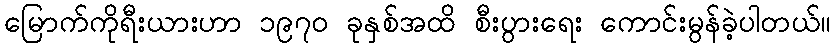
မြောက်ကိုရီးယားဟာ ၁၉၇၀ ခုနှစ်အထိ စီးပွားရေး ကောင်းမွန်ခဲ့ပါတယ်။